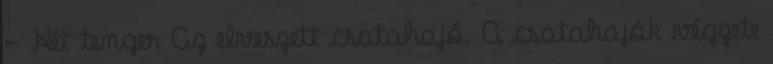
- Hét tenger Az elveszett csatahajó. A csatahajók végzete